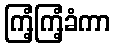
ကြံ့ကြံ့ခံကာ